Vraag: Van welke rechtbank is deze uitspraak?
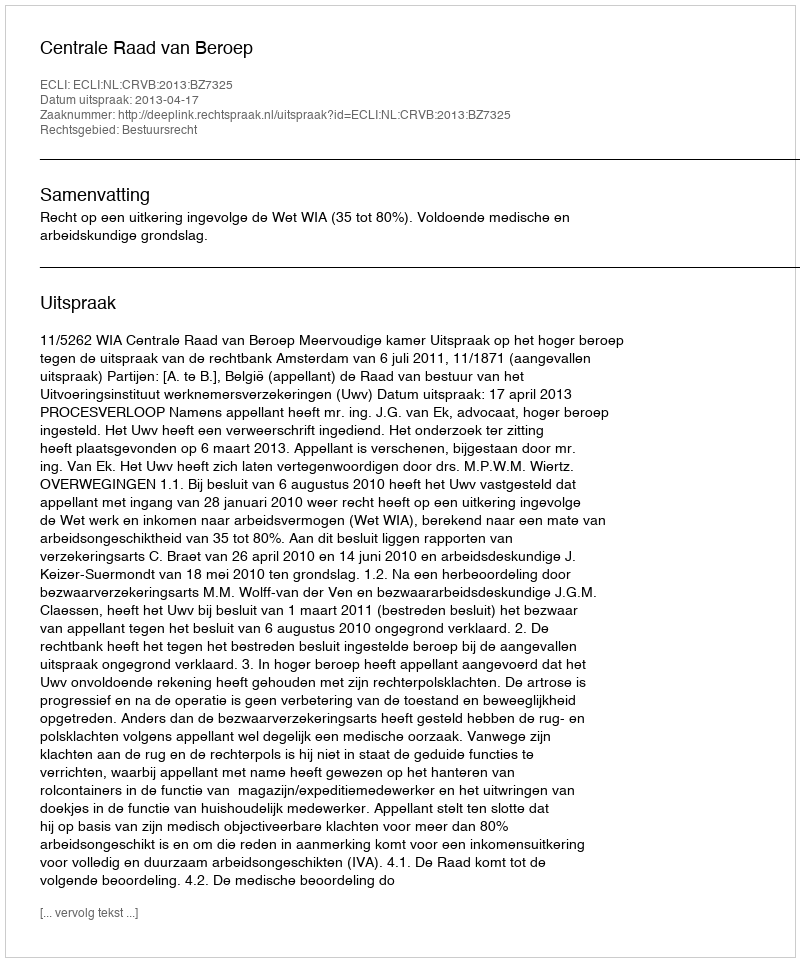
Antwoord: Centrale Raad van Beroep